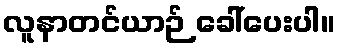
လူနာတင်ယာဉ် ခေါ်ပေးပါ။